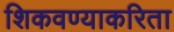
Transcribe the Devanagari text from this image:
शिकवण्याकरिता